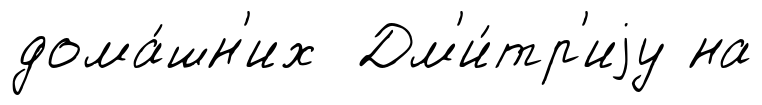
дома́шн'их Дм'и́тр'иjу на